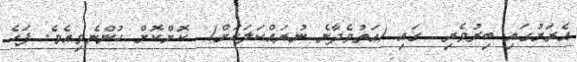
އެރަށުގައި ބިރުވެރި  ގައި (އަތުވެދާނެ ނުރައްކަލަކަށް)  ކޮށްކޮށް ހުންނެވިއެވެ. ފަހެ